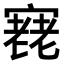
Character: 𡪰